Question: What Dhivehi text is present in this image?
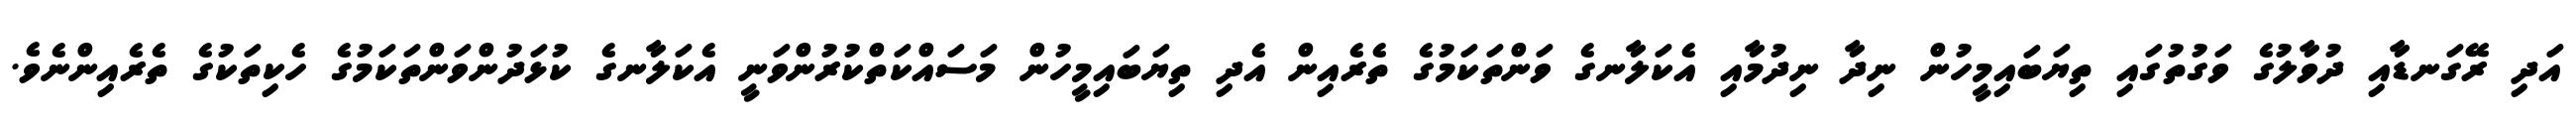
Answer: އަދި ރޭގަނޑާއި ދުވާލުގެ ވަގުތުގައި ތިޔަބައިމީހުން ނިދާ ނިދުމާއި އެކަލާނގެ ވަންތަކަމުގެ ތެރެއިން އެދި ތިޔަބައިމީހުން މަސައްކަތްކުރުންވަނީ އެކަލާނގެ ކުޅަދުންވަންތަކަމުގެ ހެކިތަކުގެ ތެރެއިންނެވެ.